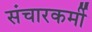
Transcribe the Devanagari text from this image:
संचारकर्मी